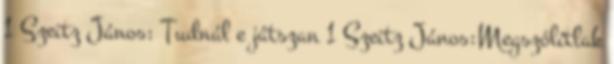
1 Szeitz János: Tudnál e játszan 1 Szeitz János:Megszólítlak